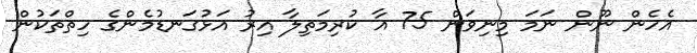
އެހެން ނޫން ނަމަ މިނިވަން 75 އާ ކުރިމަތިލާ އިރު އަޅުގަނޑުމެންގެ ހިތްތަކުން